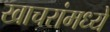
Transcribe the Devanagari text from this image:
खाचरांमध्ये